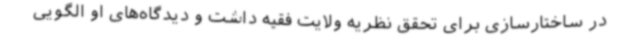
در ساختارسازی برای تحقق نظریه ولایت فقیه داشت و دیدگاه‌های او الگویی